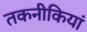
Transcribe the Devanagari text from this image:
तकनीकियां